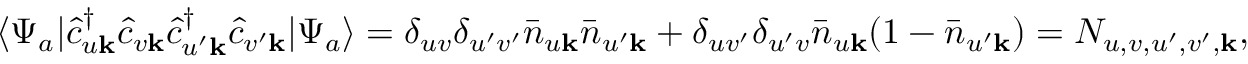
\begin{array} { r } { \langle \Psi _ { a } | \hat { c } _ { u \mathbf { k } } ^ { \dagger } \hat { c } _ { v \mathbf { k } } \hat { c } _ { u ^ { \prime } \mathbf { k } } ^ { \dagger } \hat { c } _ { v ^ { \prime } \mathbf { k } } | \Psi _ { a } \rangle = \delta _ { u v } \delta _ { u ^ { \prime } v ^ { \prime } } \bar { n } _ { u \mathbf { k } } \bar { n } _ { u ^ { \prime } \mathbf { k } } + \delta _ { u v ^ { \prime } } \delta _ { u ^ { \prime } v } \bar { n } _ { u \mathbf { k } } ( 1 - \bar { n } _ { u ^ { \prime } \mathbf { k } } ) = N _ { u , v , u ^ { \prime } , v ^ { \prime } , \mathbf { k } } , } \end{array}